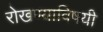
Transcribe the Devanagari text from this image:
रोखण्याविषयी